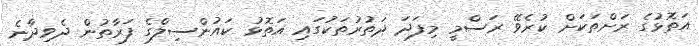
އަތޮޅުގެ ރަށްތަކަށް ކުރެވޭ ރަސްމީ މިފަދަ ދަތުރުތަކުގައި އަތޮޅު ކައުންސިލްގެ ފަރާތުން ދެވިދާނެ